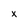
Character: X